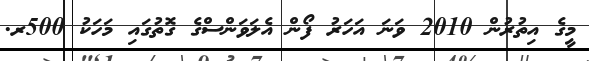
މީގެ އިތުރުން 2010 ވަނަ އަހަރު ފޯން އެލަވަންސްގެ ގޮތުގައި މަހަކު 500ރ.